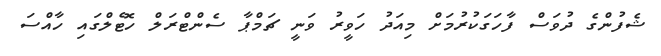
ޝެފުންގެ ދުވަސް ފާހަގަކުރުމަށް މިއަދު ހަވީރު ވަނީ ޗަމްޕާ ސެންޓްރަލް ހޮޓެލްގައި ހާއްސަ